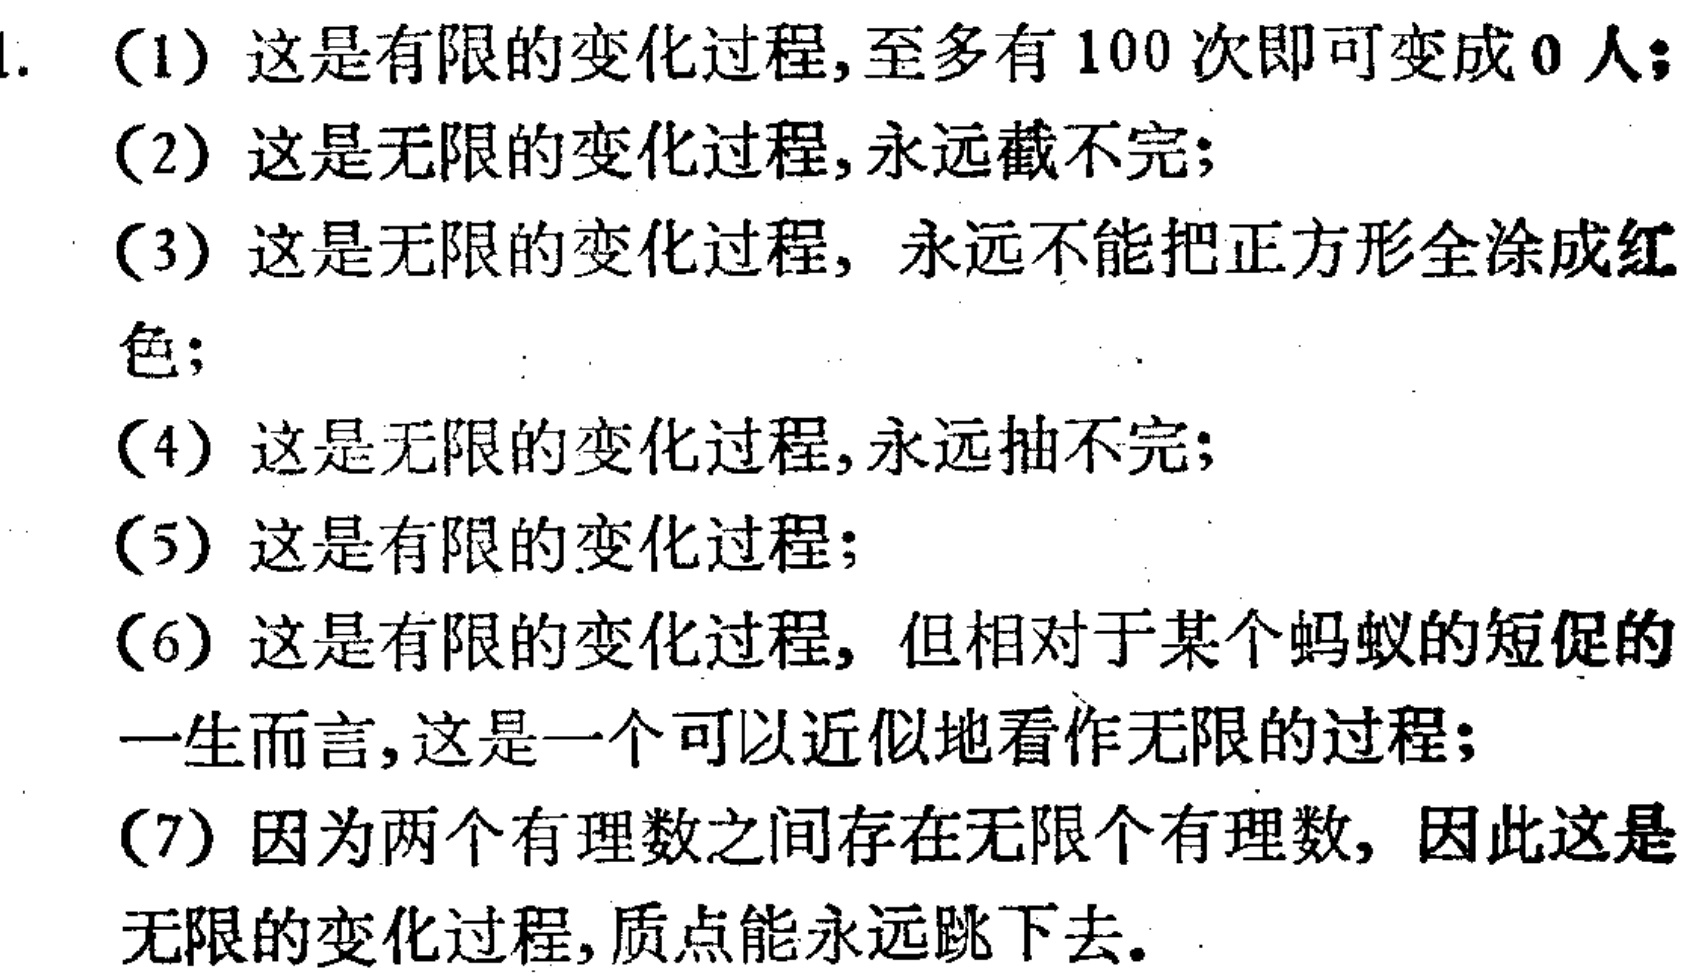
1. （1）这是有限的变化过程,至多有 100 次即可变成 0 人;
（2）这是无限的变化过程,永远截不完;
（3）这是无限的变化过程, 永远不能把正方形全涂成红
色;
（4）这是无限的变化过程,永远抽不完;
（5）这是有限的变化过程;
（6）这是有限的变化过程, 但相对于某个蚂蚁的短促的
一生而言,这是一个可以近似地看作无限的过程;
（7）因为两个有理数之间存在无限个有理数, 因此这是
无限的变化过程,质点能永远跳下去.